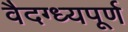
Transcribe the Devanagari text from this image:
वैदग्ध्यपूर्ण